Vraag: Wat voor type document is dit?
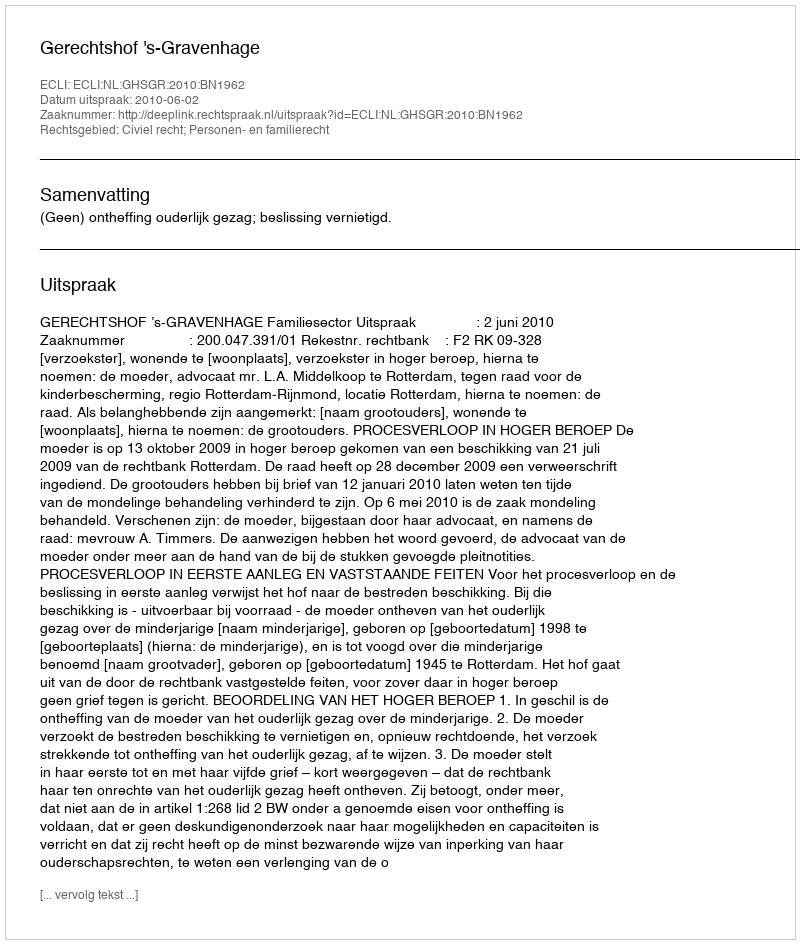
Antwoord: Uitspraak